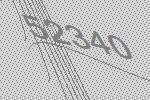
52340